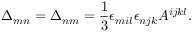
\Delta _ { m n } = \Delta _ { n m } = \frac 1 3 \epsilon _ { m i l } \epsilon _ { n j k } A ^ { i j k l } .